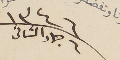
١٣٤٦ ٦ جماد الثانى